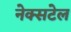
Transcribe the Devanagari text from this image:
नेक्सटेल